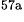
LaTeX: ^\textrm{\scriptsize 57a}